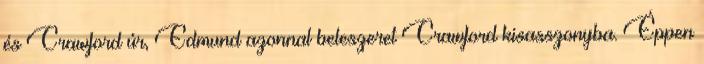
és Crawford úr, Edmund azonnal beleszeret Crawford kisasszonyba. Éppen